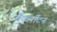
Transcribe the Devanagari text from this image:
मैकनॉटन